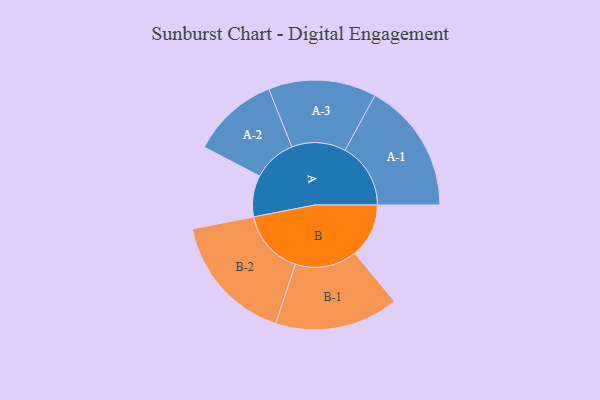
{"axis": {"x": "Segment", "y": "Value"}, "legend": ["", "A", "B"], "data": [{"x": "A", "y": 189, "type": ""}, {"x": "B", "y": 247, "type": ""}, {"x": "A-1", "y": 300, "type": "A"}, {"x": "A-2", "y": 199, "type": "A"}, {"x": "A-3", "y": 247, "type": "A"}, {"x": "B-1", "y": 283, "type": "B"}, {"x": "B-2", "y": 297, "type": "B"}]}